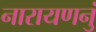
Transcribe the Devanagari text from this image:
नारायणनुं